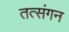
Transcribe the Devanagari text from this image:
तत्संगन